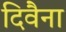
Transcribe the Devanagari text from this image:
दिवैना